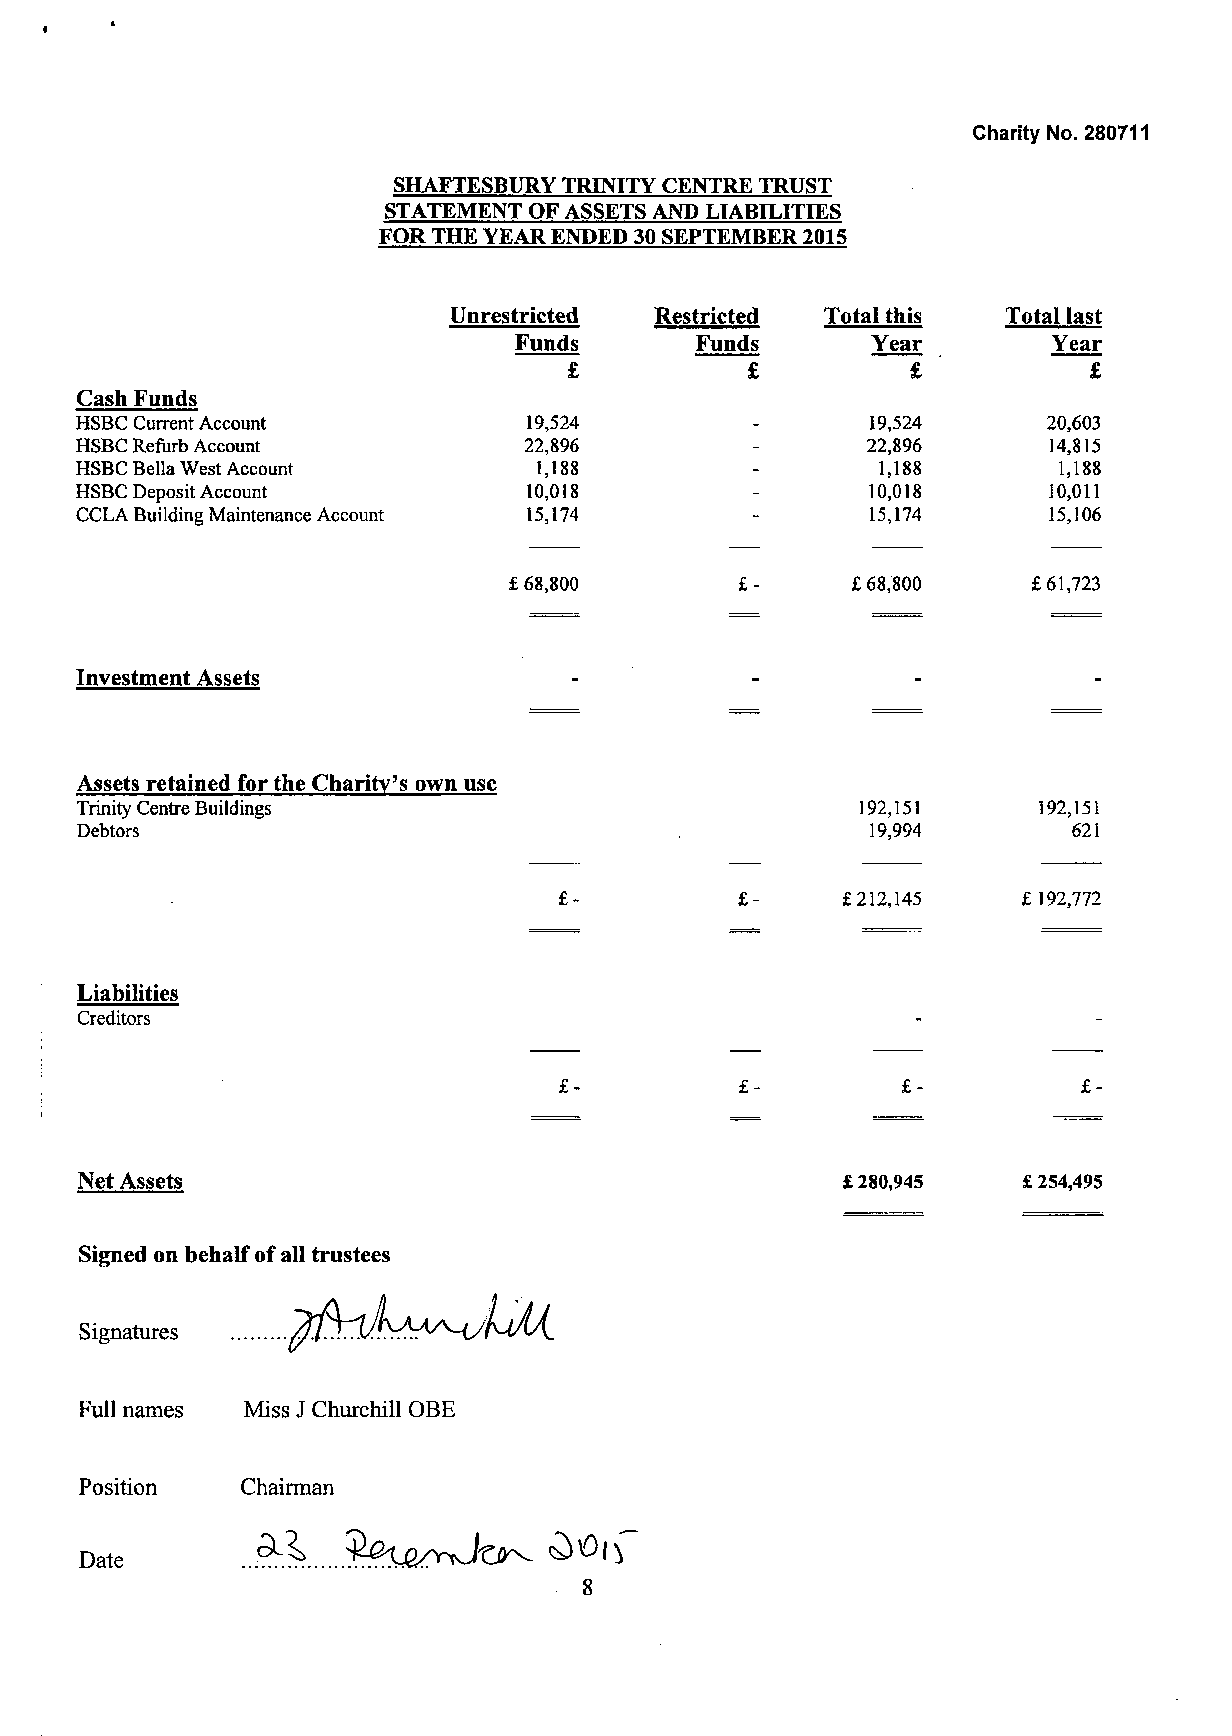
Charity No. 280711
 SHAFTESBURY TRINITY CENTRE TRUST
 STATEMENT OF ASSETS AND LIABILITIES
 FOR THE YEAR ENDED 30 SEPTEMBER 2015
 Unrestricted Restricted  Total this  Total last
 Funds       Funds       Year        Year
 £
 Cash Funds
 HSBC Current Account          19,524                 19,524     20,603
 HSBC Refurb Account           22,896                22,896      14,815
 HSBC Bella West Account        1,188                 1,188       1,188
 HSBC Deposit Account          10,018                10,018      10,011
 CCLA Building Maintenance Account 15,174             15,174     15,106
 £ 68,800              £ 68,800    £61,723
 Investment Assets
 Assets retained for the Charity's own use
 Trinity Centre Buildings                            192,151     192,151
 Debtors                                              19,994       621
 £-                 £212,145    £ 192,772
 Liabilities
 Creditors
 £-                                 £-
 Net Assets                                         £ 280,945   £ 254,495
 Signed on behalf of all trustees
 Signatures
 Full names Miss J Churchill OBE
 Position   Chairman
 Date        ...^   ? ^ ^ J o^